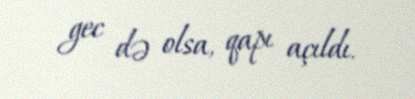
gec də olsa, qapı açıldı.